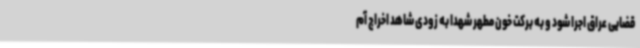
قضایی عراق اجرا شود و به برکت خون مطهر شهدا به زودی شاهد اخراج آم